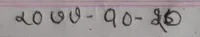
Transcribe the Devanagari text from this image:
२0 ७७- १०- २७